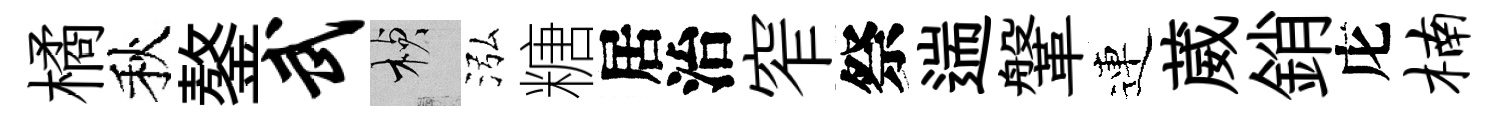
橘秋鏊武楨泓糖居治窄祭遄鞶連葳銷庀楠